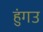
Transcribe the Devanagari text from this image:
हुंगउ